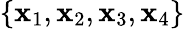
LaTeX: \{ \mathbf{x}_{1},\mathbf{x}_{2},\mathbf{x}_{3},\mathbf{x}_{4}\}